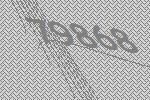
79868